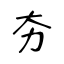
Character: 夯